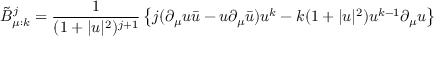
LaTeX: \tilde { B } _ { \mu : k } ^ { j } = \frac { 1 } { ( 1 + | u | ^ { 2 } ) ^ { j + 1 } } \left\{ j ( \partial _ { \mu } u \bar { u } - u \partial _ { \mu } \bar { u } ) u ^ { k } - k ( 1 + | u | ^ { 2 } ) u ^ { k - 1 } \partial _ { \mu } u \right\}